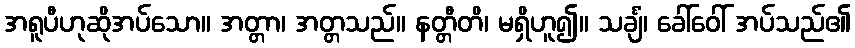
အရူပီဟုဆိုအပ်သော။ အတ္တာ၊ အတ္တသည်။ နတ္တီတိ၊ မရှိဟူ၍။ သင်္ချံ၊ ခေါ်ဝေါ် အပ်သည်၏